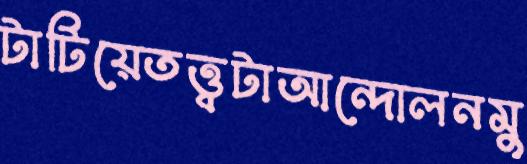
টাটিয়েতত্ত্বটাআন্দোলনমু